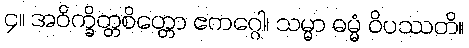
၄။ အဝိက္ခိတ္တစိတ္တော ဧကဂ္ဂေါ၊ သမ္မာ ဓမ္မံ ဝိပဿတိ။